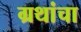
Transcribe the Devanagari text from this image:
ग्रथांचा